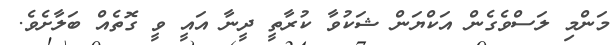
މަންމި ލަސްވެގެން އަކްޔަން ޝަކުވާ ކުރާތީ ދީނާ އައީ ވީ ގޮތެއް ބަލާށެވެ.